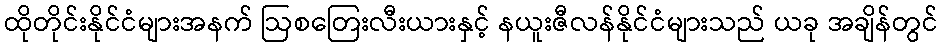
ထိုတိုင်းနိုင်ငံများအနက် ဩစတြေးလီးယားနှင့် နယူးဇီလန်နိုင်ငံများသည် ယခု အချိန်တွင်